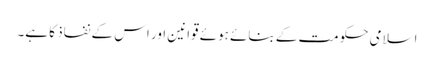
اسلامی حکومت کے بنائے ہوئے قوانین اور اس کے نفاذ کا ہے۔